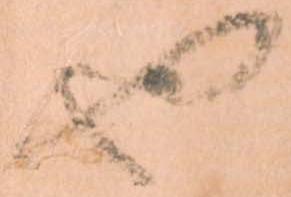
也